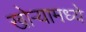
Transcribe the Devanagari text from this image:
खोऱ्यामध्ये